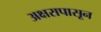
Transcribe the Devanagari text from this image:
अक्षरापासून